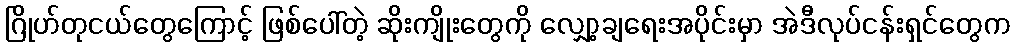
ဂြိုဟ်တုငယ်တွေကြောင့် ဖြစ်ပေါ်တဲ့ ဆိုးကျိုးတွေကို လျှော့ချရေးအပိုင်းမှာ အဲဒီလုပ်ငန်းရှင်တွေက